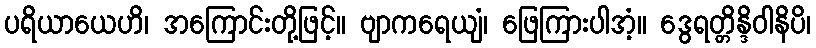
ပရိယာယေဟိ၊ အကြောင်းတို့ဖြင့်။ ဗျာကရေယျံ၊ ဖြေကြားပါအံ့။ ဒွေရတ္တိန္ဒိဝါနိပိ၊